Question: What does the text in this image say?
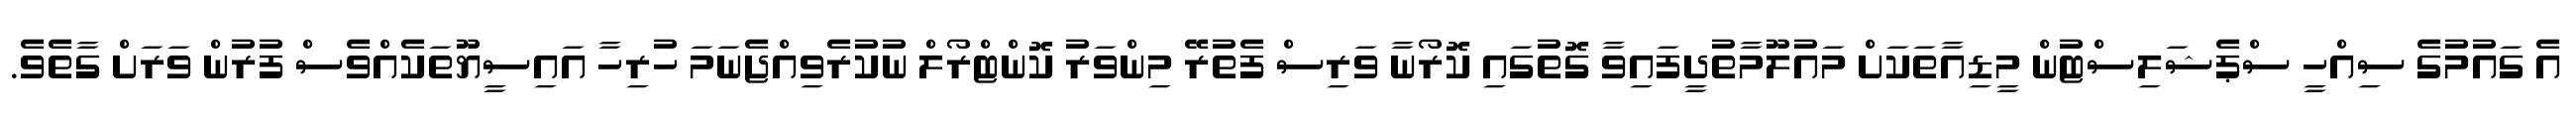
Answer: އެ ގައުމުގެ ސިއްހީ ސްޕެޝަލިސްޓުން މީޑިއާތަކަށް މައުލޫމާތުދީފައިވާ ގޮތުގައި ކޮރޯނާ ވަރިސް ފެތުރޭ މިންވަރު ކޮންޓްރޯލް ނުކުރެވިއްޖެނަމަ ހުރިހާ އައިސީޔޫތަކެއްވެސް ފުރުން ވަރަށް ގާތެވެ.